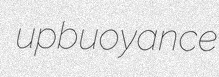
upbuoyance